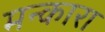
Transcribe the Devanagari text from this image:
मन्कारा